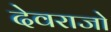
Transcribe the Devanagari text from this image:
देवराजो